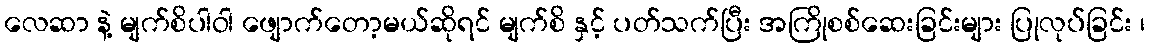
လေဆာ နဲ့ မျက်စိပါဝါ ဖျောက်တော့မယ်ဆိုရင် မျက်စိ နှင့် ပတ်သက်ပြီး အကြိုစစ်ဆေးခြင်းများ ပြုလုပ်ခြင်း ၊